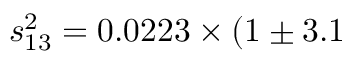
s _ { 1 3 } ^ { 2 } = 0 . 0 2 2 3 \times ( 1 \pm 3 . 1 \